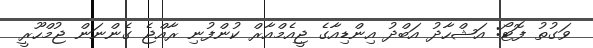
ވަގުތު ފޮޓޯ: އަޝްހާދު އަބްދު އިންޑިއާގެ ޖީއެމްއާރް ކުންފުނި ރާއްޖެ ގެންނަން ޖުމްހޫރީ